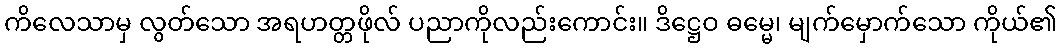
ကိလေသာမှ လွတ်သော အရဟတ္တဖိုလ် ပညာကိုလည်းကောင်း။ ဒိဋ္ဌေဝ ဓမ္မေ၊ မျက်မှောက်သော ကိုယ်၏